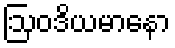
ဩဝဒိယမာနော